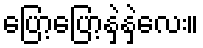
ပြော့ပြော့နှဲ့နှဲ့လေး။